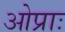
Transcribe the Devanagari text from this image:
ओप्राः